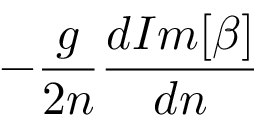
- \frac { g } { 2 n } \frac { d I m [ \beta ] } { d n }